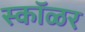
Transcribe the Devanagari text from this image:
स्कॉळर